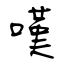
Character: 嘆